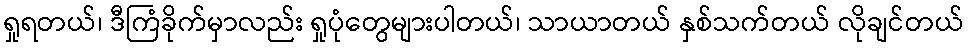
ရှုရတယ်၊ ဒီကြံခိုက်မှာလည်း ရှုပုံတွေများပါတယ်၊ သာယာတယ် နှစ်သက်တယ် လိုချင်တယ်